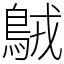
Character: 𪀚